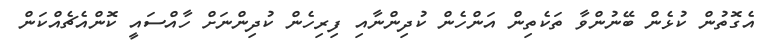
އެގޮތުން ކުޅެން ބޭނުންވާ ތަކެތިން އަންހެން ކުދިންނާއި ފިރިހެން ކުދިންނަށް ހާއްސައީ ކޮންއެޗެއްކަން